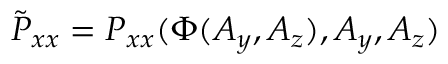
\tilde { P } _ { x x } = P _ { x x } ( \Phi ( A _ { y } , A _ { z } ) , A _ { y } , A _ { z } )